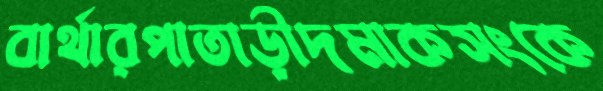
বার্থারপাতাড়ীদমাকসংকে